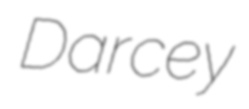
Darcey